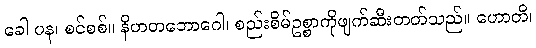
ခေါ ပန၊ စင်စစ်။ နိဟတဘောဂေါ၊ စည်းစိမ်ဥစ္စာကိုဖျက်ဆီးတတ်သည်။ ဟောတိ၊